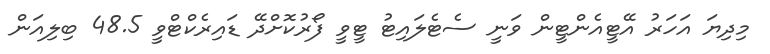
މިދިޔަ އަހަރު އޭޓީއެންޓީން ވަނީ ސެޓެލައިޓު ޓީވީ ފޯރުކޮށްދޭ ޑައިރެކްޓްވީ 48.5 ބިލިއަން